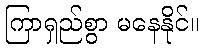
ကြာရှည်စွာ မနေနိုင်။